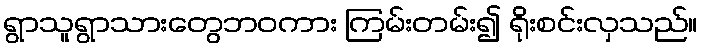
ရွာသူရွာသားတွေဘဝကား ကြမ်းတမ်း၍ ရိုးစင်းလှသည်။